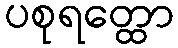
ပစုရတ္ထော